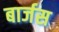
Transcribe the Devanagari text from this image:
बार्जस